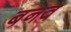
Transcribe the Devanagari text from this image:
बनव